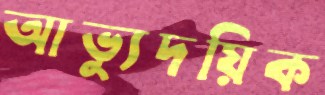
আভ্যুদয়িক